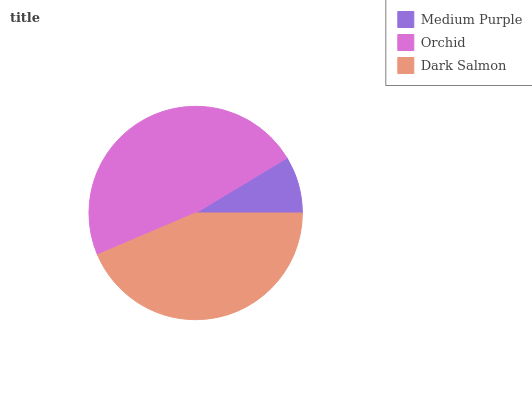
| Medium Purple | Orchid | Dark Salmon |
 | --- | --- | --- |
 | 8.63% | 47.8% | 43.6% |